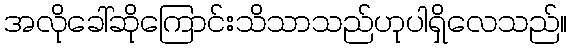
အလိုခေါ်ဆိုကြောင်းသိသာသည်ဟုပါရှိလေသည်။